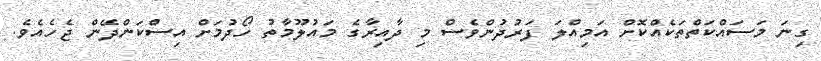
ގިނަ މަސައްކަތްތަކެއްކޮށް އަމިއްލަ ފަރުދުންވެސް މި ދާއިރާގެ މައުލޫމާތު ހޯދުމަށް އިސްކަންދޭން ޖެހެއެވެ.